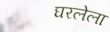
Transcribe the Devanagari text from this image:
घरलेला